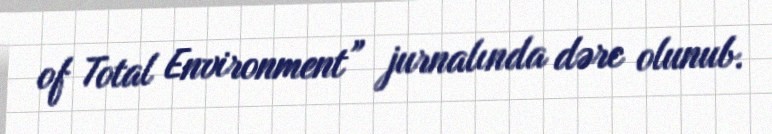
of Total Environment” jurnalında dərc olunub.